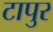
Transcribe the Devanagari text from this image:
टापुर